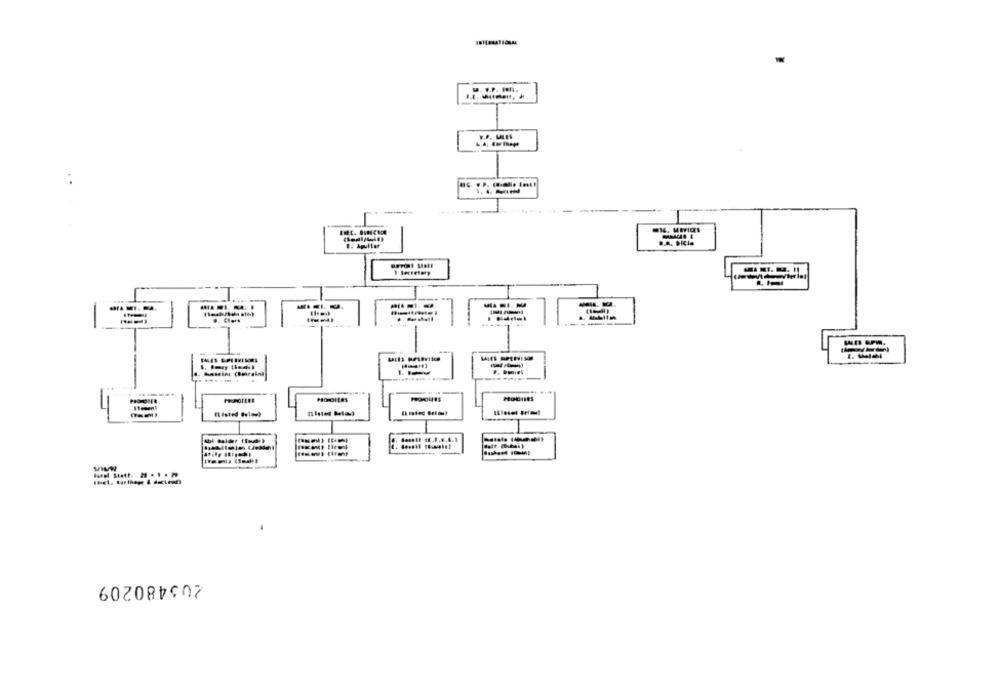
S. F.P. .....
16. Merics
1. Aguilar
205480209